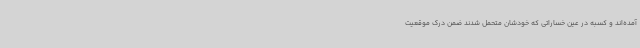
آمده‌اند و کسبه در عین خساراتی که خودشان متحمل شدند ضمن درک موقعیت